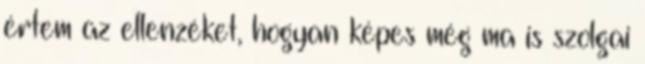
értem az ellenzéket, hogyan képes még ma is szolgai